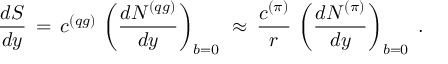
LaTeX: \frac { d S } { d y } \, = \, c ^ { ( q g ) } \, \left( \frac { d N ^ { ( q g ) } } { d y } \right) _ { b = 0 } \, \, \approx \, \frac { c ^ { ( \pi ) } } { r } \, \left( \frac { d N ^ { ( \pi ) } } { d y } \right) _ { b = 0 } \; .